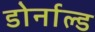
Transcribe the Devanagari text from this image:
डोर्नाल्ड